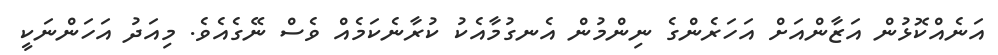
އަނެއްކޮޅުން އަޒާންއަށް އަހަރެންގެ ނިންމުން އެނގުމާއެކު ކުރާނެކަމެއް ވެސް ނޭގެއެވެ. މިއަދު އަހަންނަކީ